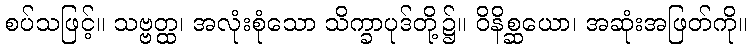
စပ်သဖြင့်။ သဗ္ဗတ္ထ၊ အလုံးစုံသော သိက္ခာပုဒ်တို့၌။ ဝိနိစ္ဆယော၊ အဆုံးအဖြတ်ကို။